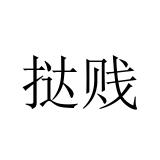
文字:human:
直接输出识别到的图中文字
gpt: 挞贱